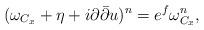
LaTeX: \begin{align*}(\omega_{C_x} + \eta + i\partial\bar\partial {u})^n = e^{f}\omega_{C_x}^n,\end{align*}